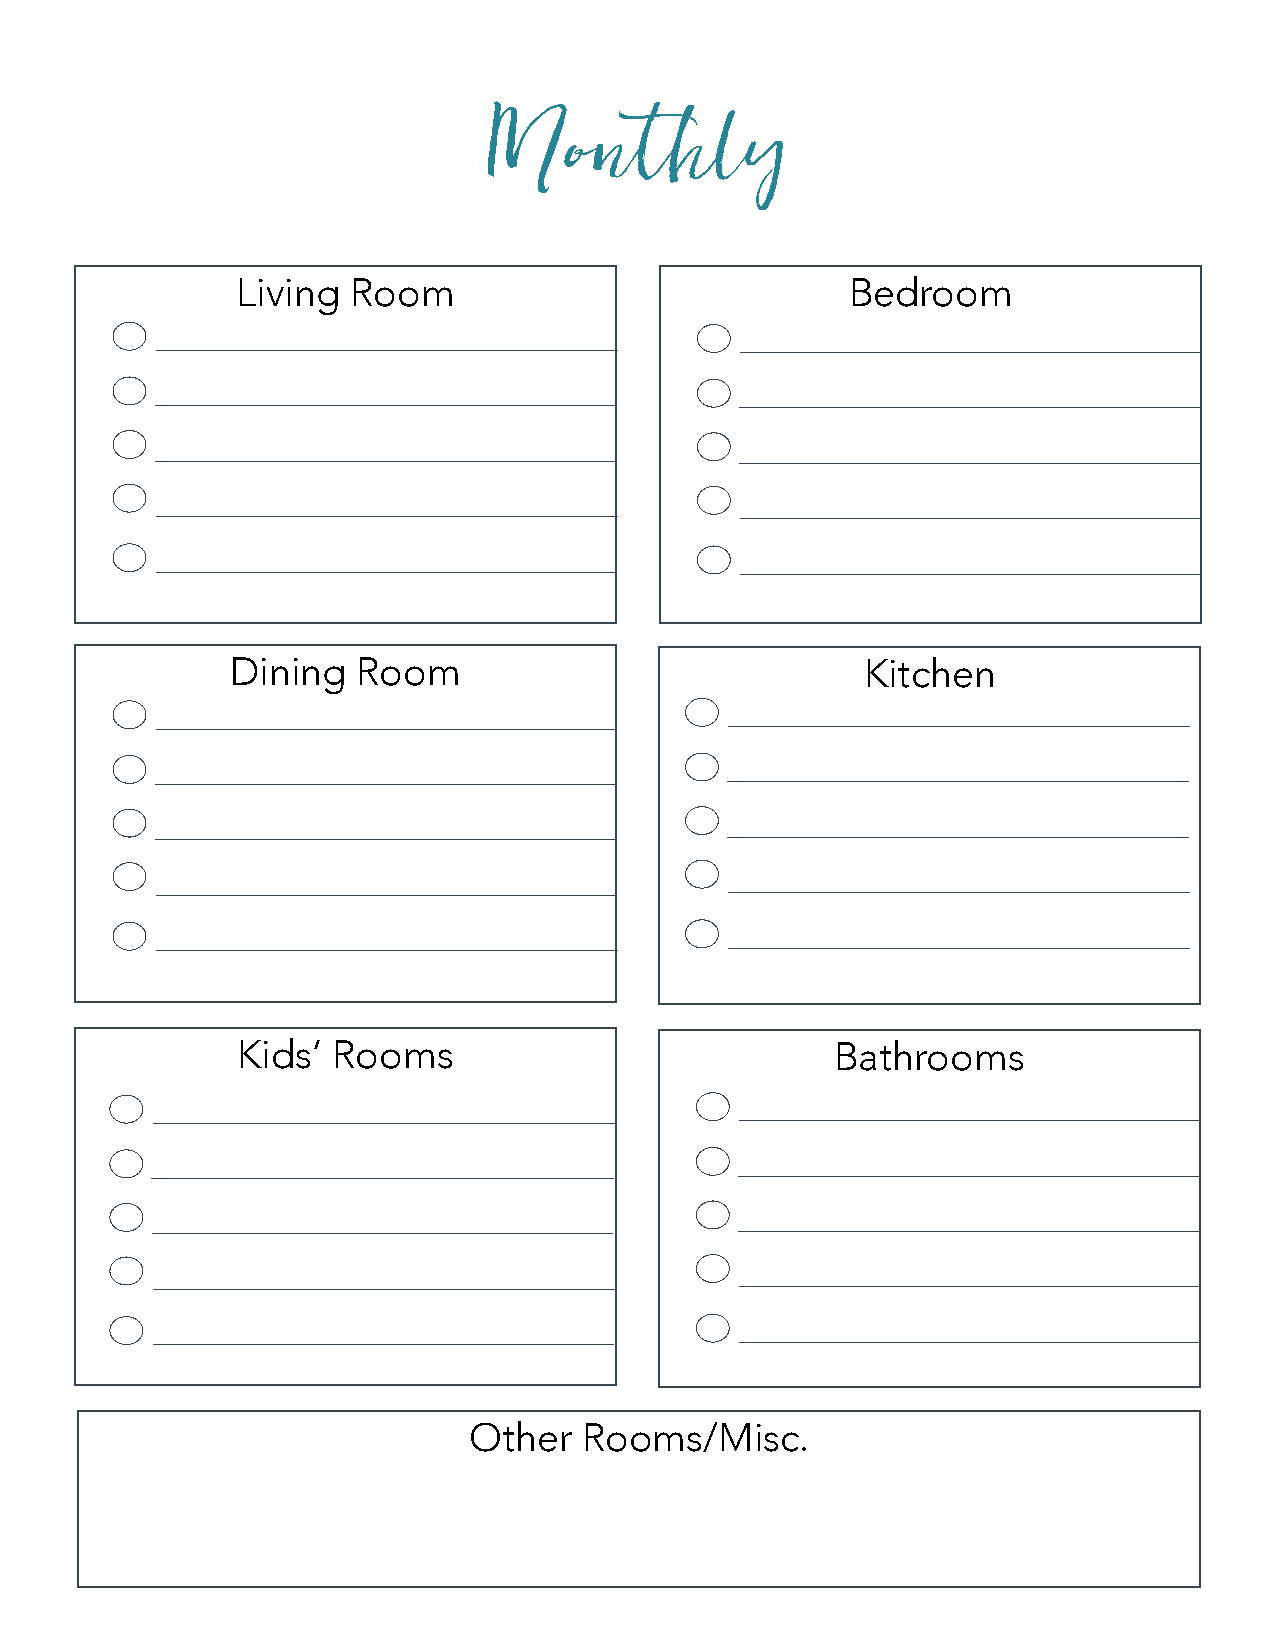
Monthly
 Living Room                             Bedroom
 Dining   Room                             Kitchen
 Kids’ Rooms                            Bathrooms
 Other   Rooms/Misc.